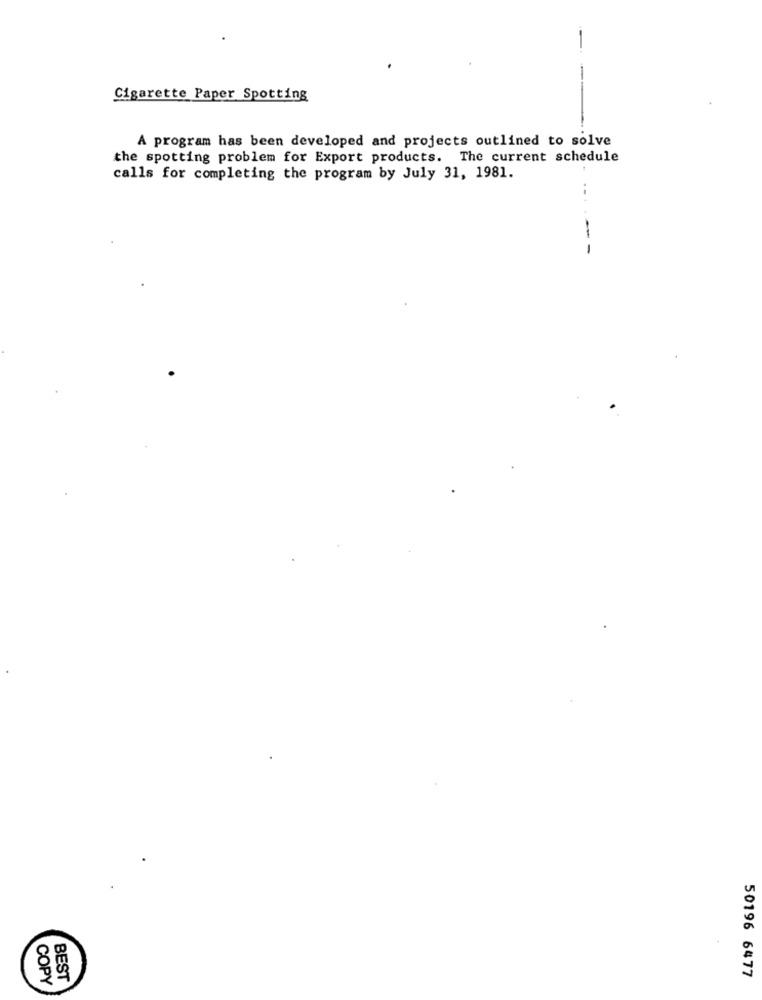
Cigarette Paper Spotting
A program has been developed and projects outlined to solve
the spotting problem for Export products. The current schedule
calls for completing the program by July 31, 1981.
--
50196 6477
COPY
BEST